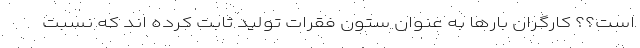
است؟؟ کارگران بارها به عنوان ستون فقرات تولید ثابت کرده اند که نسبت